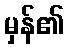
မှန်၏